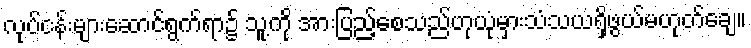
လုပ်ငန်းများဆောင်ရွက်ရာ၌ သူ့ကို အားပြည့်စေသည်ဟုယုံမှားသံသယရှိဖွယ်မဟုတ်ချေ။